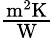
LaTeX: \textstyle\mathrm{{\frac{m^{2}K}{W}}}